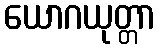
ယောဂယုတ္တာ